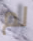
لم